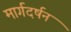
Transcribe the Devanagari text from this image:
मार्गदर्षन